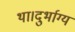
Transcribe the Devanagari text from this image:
था।दुर्भाग्य